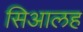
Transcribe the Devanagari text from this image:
सिआलह